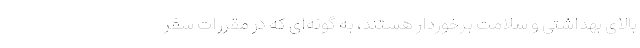
بالای بهداشتی و سلامت برخوردار هستند، به گونه‌ای که در مقررات سفر